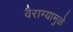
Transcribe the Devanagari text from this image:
वैराग्यामुळे